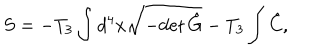
LaTeX: S = - T _ { 3 } \int d ^ { 4 } x \sqrt { - \mathrm { d e t } \, \hat { G } } - T _ { 3 } \int \hat { C } ,